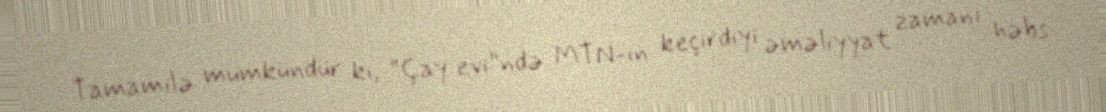
Tamamilə mümkündür ki, “Çay evi”ndə MTN-in keçirdiyi əməliyyat zamanı həbs